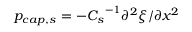
p _ { c a p , s } = - { C _ { s } } ^ { - 1 } \partial ^ { 2 } \xi / \partial x ^ { 2 }